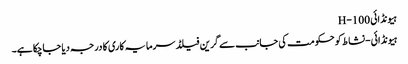
ہیونڈائی H-100
ہیونڈائی-نشاط کو حکومت کی جانب سے گرین فیلڈ سرمایہ کاری کا درجہ دیا جاچکا ہے۔